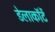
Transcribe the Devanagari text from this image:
डेलाकॉर्टे